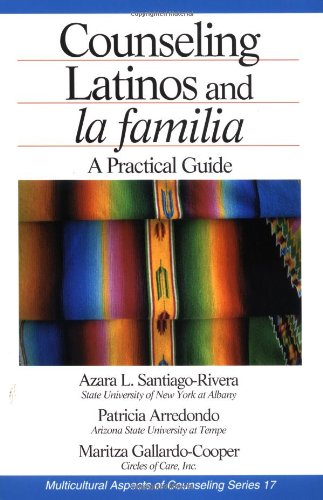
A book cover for Counseling and La Familia Latina (Multicultural Aspects of Counseling And Psychotherapy); Azara L. Santiago-Rivera; Medical Books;